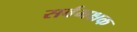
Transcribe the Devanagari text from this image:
सर्वभक्षक